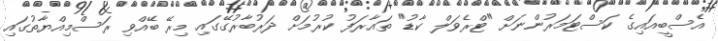
އެސްބީއައިގެ ކަސްޓަމަރުންނަށް "ޓްރެވަލް ކާޑު" ތައާރަފު ކުރުމަށް ދަރުބާރުގޭގައި މިރޭ ބޭއްވި ރަސްމިއްޔާތުގައި